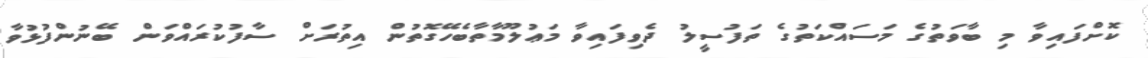
ކޮށްފައިވާ މި ބާވަތުގެ މަސައްކަތުގެ ތަފުސީލު ދެވިފައިވާ މަޢުލޫމާތާބެހޭގޮތުން އިތުރަށް ސާފުކުރައްވަން ބޭނުންފުޅުވާ